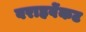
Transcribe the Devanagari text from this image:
वराहवेंकट